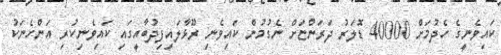
ކައިވެނީގެ ހެދުމަށް 40000 ޑޮލަރު ދަރަންޏަށް ނެގުމުން ކައިވެނި ރޫޅާލައިފިދުބާއީގައި ކައިވެނިކުރި އަންހެނަކު